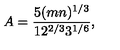
A = { \frac { 5 ( m n ) ^ { 1 / 3 } } { 1 2 ^ { 2 / 3 } 3 ^ { 1 / 6 } } } , \quad